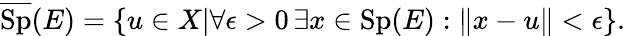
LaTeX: {\overline{{\operatorname{Sp}}}}(E)=\{ u\in X|\forall\epsilon>0\, \exists x\in\operatorname{Sp}(E):\| x-u\| <\epsilon\} .